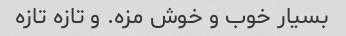
بسیار خوب و خوش مزه. و تازه تازه